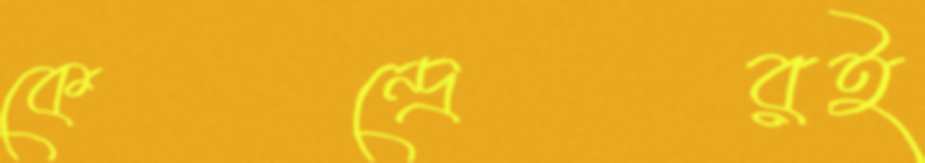
কেন্দ্রেরই